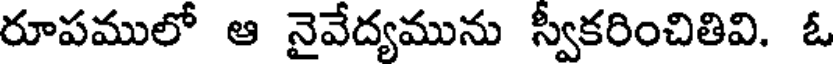
రూపములో ఆ నైవేద్యమును స్వీకరించితివి. ఓ